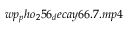
w p _ { p } h o _ { 2 } 5 6 _ { d } e c a y 6 6 . 7 . m p 4